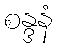
စန္ဒနံ